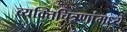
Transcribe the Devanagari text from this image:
व्यक्तिचित्रणांमध्ये